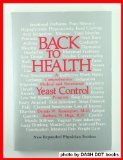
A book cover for Back to Health: A Comprehensive Medical and Nutritional Yeast Control Program; Dennis Remington; Health, Fitness & Dieting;